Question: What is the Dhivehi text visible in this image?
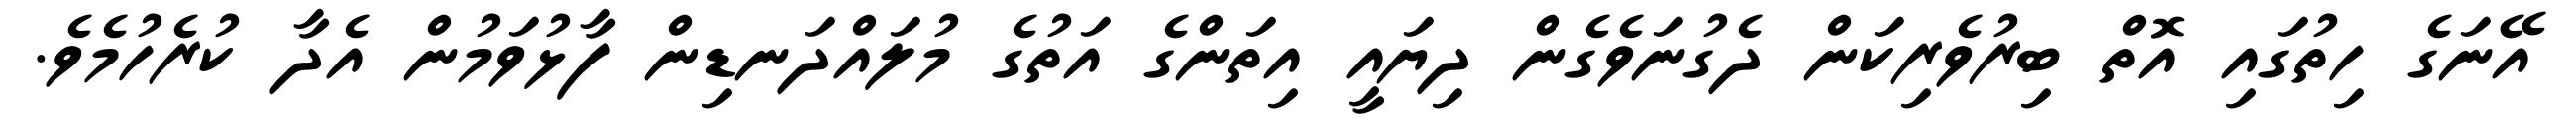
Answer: އޭނަގެ ހިތުގައި އޮތް ބިރުވެރިކަން ދެގުނަވެގެން ދިޔައީ އިތަންގެ އަތުގެ މުލައްދަނޑިން ފާޅުވަމުން އެދާ ކުރެހުމެވެ.